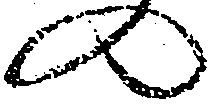
の